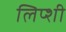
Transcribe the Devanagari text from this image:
लिप्शी